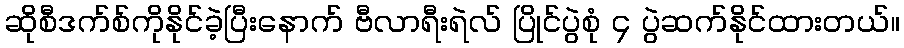
ဆိုစီဒက်စ်ကိုနိုင်ခဲ့ပြီးနောက် ဗီလာရီးရဲလ် ပြိုင်ပွဲစုံ ၄ ပွဲဆက်နိုင်ထားတယ်။